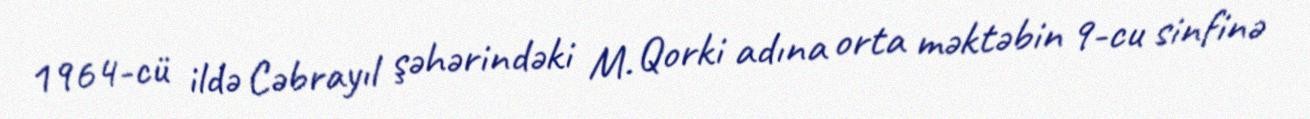
1964-cü ildə Cəbrayıl şəhərindəki M. Qorki adına orta məktəbin 9-cu sinfinə